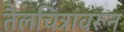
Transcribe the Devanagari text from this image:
तैलचित्रांवरून